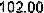
102.00